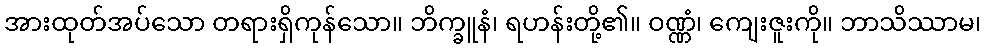
အားထုတ်အပ်သော တရားရှိကုန်သော။ ဘိက္ခူနံ၊ ရဟန်းတို့၏။ ဝဏ္ဏံ၊ ကျေးဇူးကို။ ဘာသိဿာမ၊